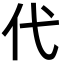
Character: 代